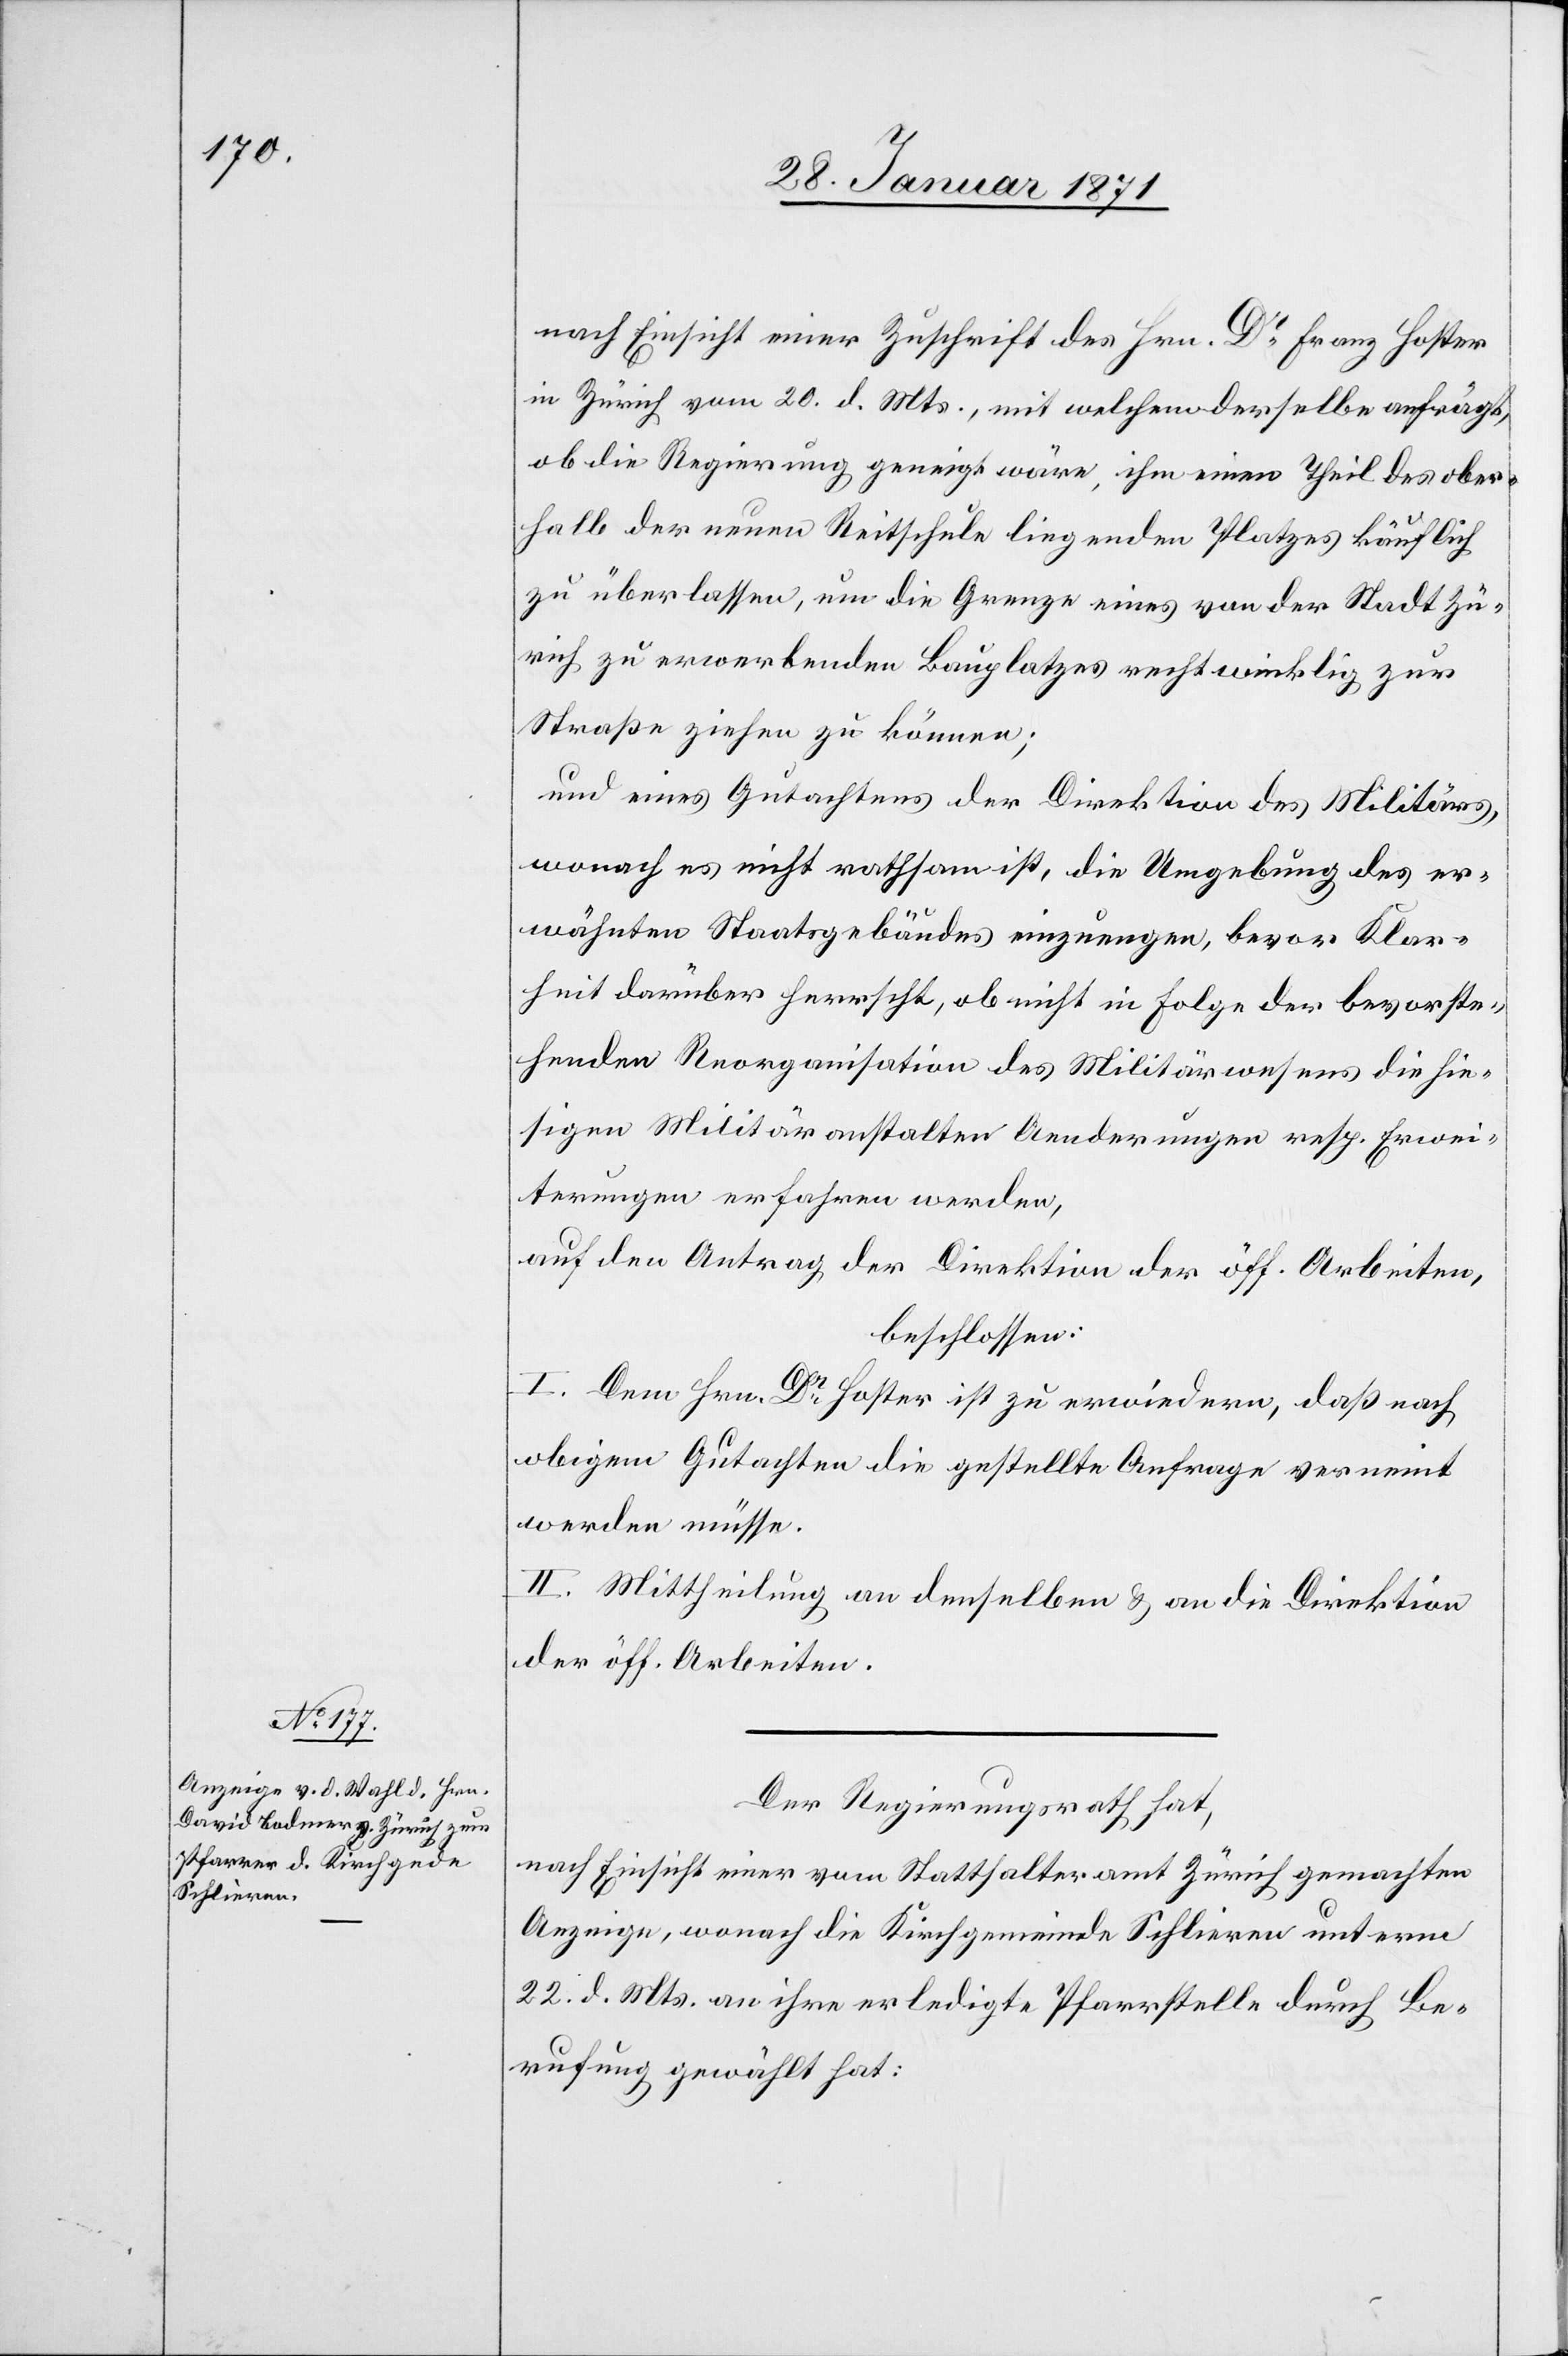
nach Einsicht einer Zuschrift des Hrn. Dr. Franz Hoster
in Zürich vom 20. d. Mts., mit welchem derselbe anfrägt,
ob die Regierung geneigt wäre, ihm einen Theil des ober¬
halb der neuen Reitschule liegenden Platzes käuflich
zu überlassen, um die Grenze eines von der Stadt Zü¬
rich zu erwerbenden Bauplatzes rechtwinklig zur
Straße ziehen zu können;
und eines Gutachtens der Direktion des Militärs,
wonach es nicht rathsam ist, die Umgebung des er¬
wähnten Staatsgebäudes einzuengen, bevor Klar¬
heit darüber herrscht, ob nicht in Folge der bevorste¬
henden Reorganisation des Militärwesens die hie¬
sigen Militäranstalten Aenderungen resp. Erwei¬
terungen erfahren werden,
auf den Antrag der Direktion der öff. Arbeiten,
beschlossen:
I. Dem Hrn. Dr. Hoster ist zu erwiedern, daß nach
obigem Gutachten die gestellte Anfrage verneint
werden müsse.
II. Mittheilung an denselben u. an die Direktion
der öff. Arbeiten.
Der Regierungsrath hat,
nach Einsicht einer vom Statthalteramt Zürich gemachten
Anzeige, wonach die Kirchgemeinde Schlieren unterm
22. d. Mts. an ihre erledigte Pfarrstelle durch Be¬
rufung gewählt hat: